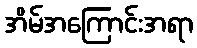
အိမ်အကြောင်းအရာ